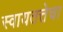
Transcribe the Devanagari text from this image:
स्वायतत्तेचा